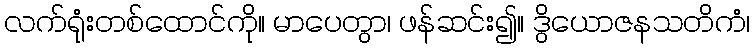
လက်ရုံးတစ်ထောင်ကို။ မာပေတွာ၊ ဖန်ဆင်း၍။ ဒွိယောဇနသတိကံ၊